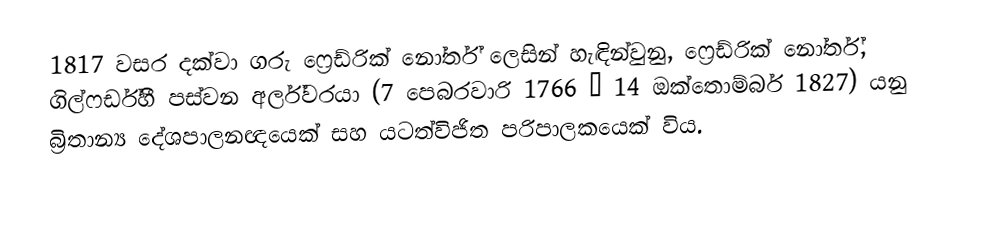
1817 වසර දක්වා ගරු ෆ්‍රෙඩ්රික් නෝර්ත් ලෙසින් හැඳින්වුනු, ෆ්‍රෙඩ්රික් නෝර්ත්, ගිල්ෆර්ඩ්හී පස්වන අර්ල්වරයා  (7 පෙබරවාරි 1766 – 14 ඔක්තොම්බර් 1827) යනු බ්‍රිතාන්‍ය දේශපාලනඥයෙක් සහ යටත්විජිත පරිපාලකයෙක් විය.